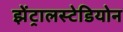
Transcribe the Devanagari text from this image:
झेंट्रालस्टेडियोन